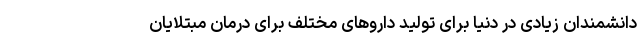
دانشمندان زیادی در دنیا برای تولید داروهای مختلف برای درمان مبتلایان